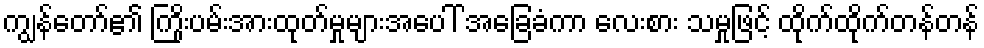
ကျွန်တော်၏ ကြိုးပမ်းအားထုတ်မှုများအပေါ် အခြေခံကာ လေးစား သမှုဖြင့် ထိုက်ထိုက်တန်တန်